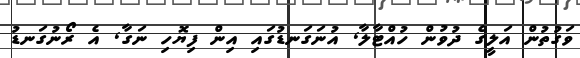
ވަގުތުން އަލީގެ ދުވުން ހުއްޓާލާ